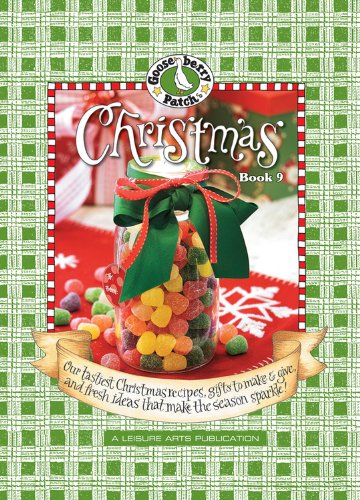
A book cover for Gooseberry Patch: Christmas Book 9: Our Tastiest Christmas Recipes, Gifts to Make & Give, and Fresh Ideas That Make the Season Sparkle!; Gooseberry Patch; Cookbooks, Food & Wine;